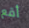
أقع